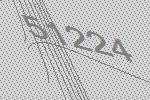
51224